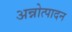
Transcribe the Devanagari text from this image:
अन्नोत्पादन